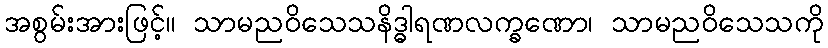
အစွမ်းအားဖြင့်။ သာမညဝိသေသနိဒ္ဓါရဏလက္ခဏော၊ သာမညဝိသေသကို